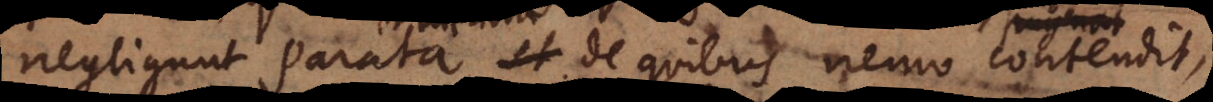
negligunt parata et de quibus nemo contendit,